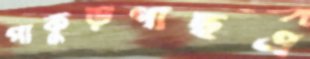
পাকুড়গাছএ